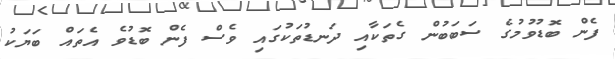
ފެން ބޮޑުވުމުގެ ސަބަބުން ގެތަކާއި ދަނޑުތަކުގައި ވެސް ފެން ބޮޑުވެ އެތައް ބަޔަކު